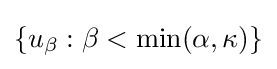
\{u_{\beta }:\beta <\min(\alpha ,\kappa )\}